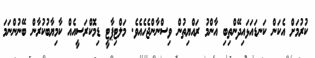
ކުރުމަށް އެކަން ކަނޑައަޅައިދޭންތިބި އާންމު ރައްޔިތުން ވިސްނާންޖެހެއެވެ. މަލްޓިޕާޓީ ޑިމޮކްރަަސީއެއް ކާމިޔާބުކުރާން ބޭނުންނަމަ